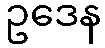
ဥဒေန